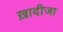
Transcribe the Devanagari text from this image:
ख़ादीजा